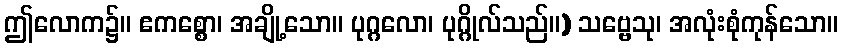
ဤလောက၌။ ဧကစ္စော၊ အချို့သော။ ပုဂ္ဂလော၊ ပုဂ္ဂိုလ်သည်။) သဗ္ဗေသု၊ အလုံးစုံကုန်သော။